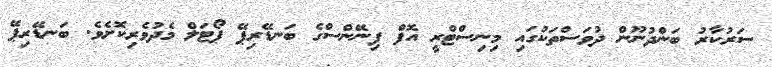
ސަރުކާރު ބަންދުނޫން ދުވަސްތަކުގައި މިނިސްޓްރީ އޮފް ފިނޭންސްގެ ބަނޑޭރިޕޭ ޕޯޓަލް މެދުވެރިކޮށެވެ. ބަނޑޭރިޕޭ